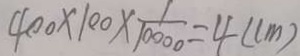
4 0 0 \times 1 0 0 \times \frac { 1 } { 1 0 0 0 0 } = 4 ( c m )